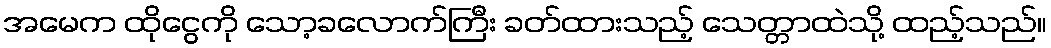
အမေက ထိုငွေကို သော့ခလောက်ကြီး ခတ်ထားသည့် သေတ္တာထဲသို့ ထည့်သည်။